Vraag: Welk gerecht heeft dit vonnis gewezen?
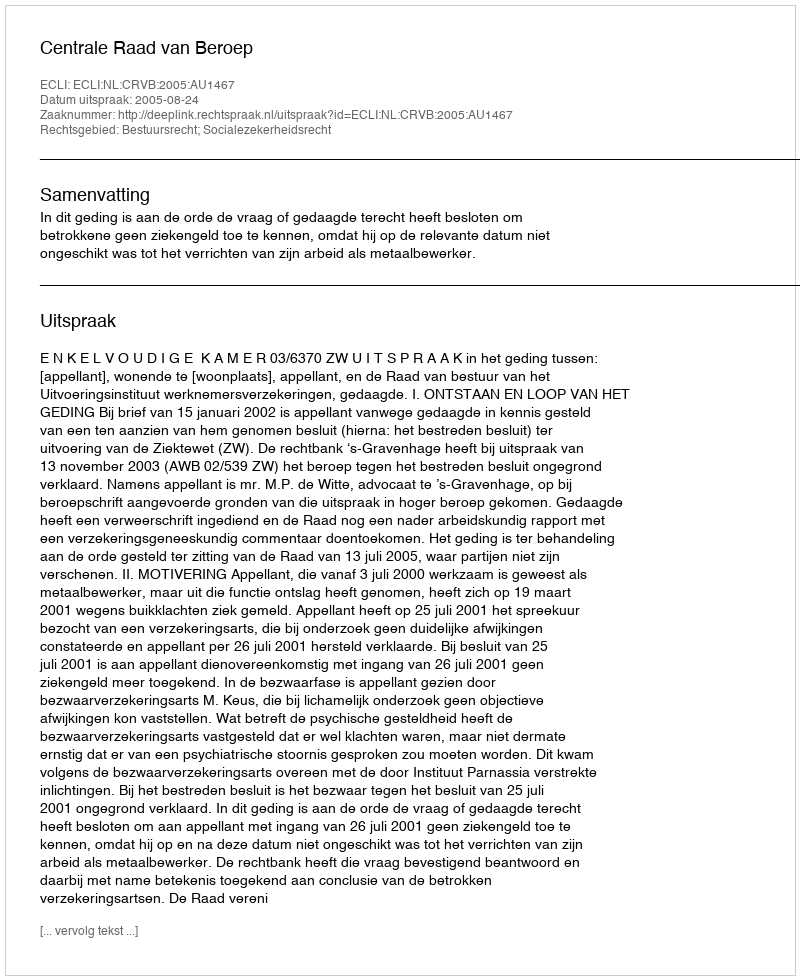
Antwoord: Centrale Raad van Beroep